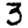
Digit: 3